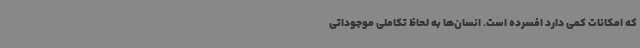
که امکانات کمی دارد افسرده است. انسان‌ها به لحاظ تکاملی موجوداتی